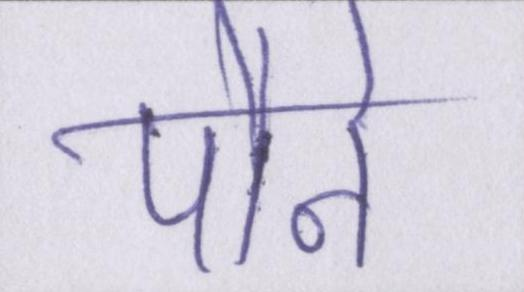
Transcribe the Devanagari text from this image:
पौने